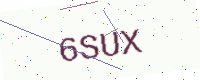
Text: 6SUX